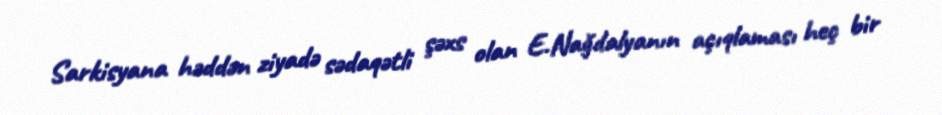
Sarkisyana həddən ziyadə sədaqətli şəxs olan E.Nağdalyanın açıqlaması heç bir